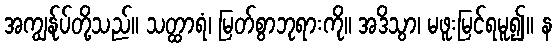
အကျွန်ုပ်တို့သည်။ သတ္ထာရံ၊ မြတ်စွာဘုရားကို။ အဒိသွာ၊ မဖူးမြင်ရမူ၍။ န